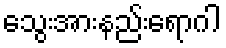
သွေးအားနည်းရောဂါ